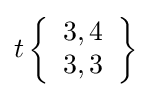
t\left\{{\begin{array}{l}3,4\\3,3\end{array}}\right\}